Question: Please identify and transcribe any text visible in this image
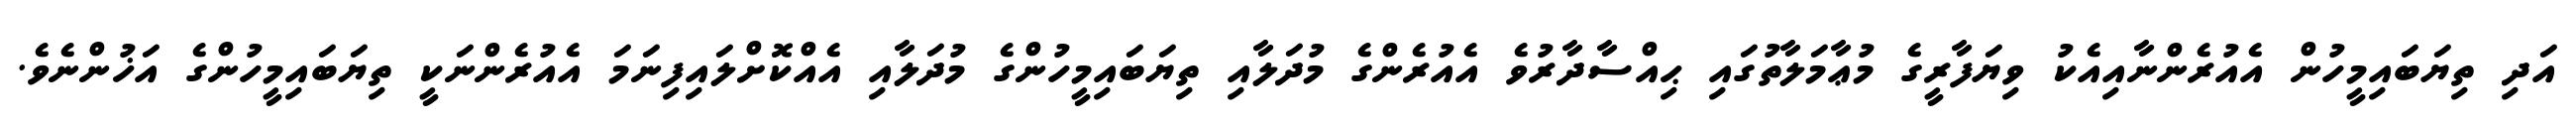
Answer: އަދި ތިޔަބައިމީހުން އެއުރެންނާއިއެކު ވިޔަފާރީގެ މުޢާމަލާތުގައި ޙިއްސާދާރުވެ އެއުރެންގެ މުދަލާއި ތިޔަބައިމީހުންގެ މުދަލާއި އެއްކޮށްލައިފިނަމަ އެއުރެންނަކީ ތިޔަބައިމީހުންގެ އަޚުންނެވެ.